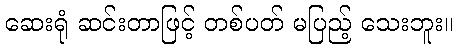
ဆေးရုံ ဆင်းတာဖြင့် တစ်ပတ် မပြည့် သေးဘူး။